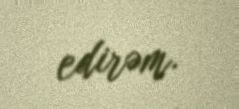
edirəm.